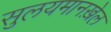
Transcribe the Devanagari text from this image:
सुलयमानख़ेल